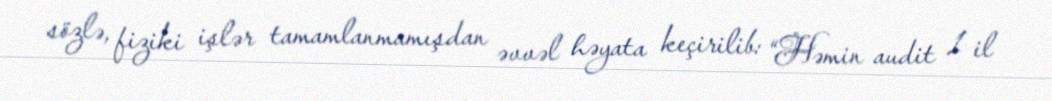
sözlə, fiziki işlər tamamlanmamışdan əvvəl həyata keçirilib: “Həmin audit 1 il